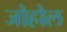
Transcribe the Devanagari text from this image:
जोहोल